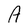
Character: A